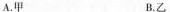
A. 甲 B. 乙